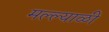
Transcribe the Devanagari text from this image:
मल्ल्याळी